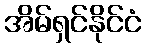
အိမ်ရှင်နိုင်ငံ